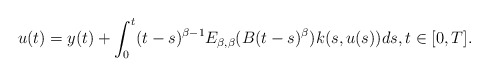
\begin{align*}u(t)= y(t)+\int_0^t (t-s)^{\beta-1}E_{\beta,\beta}(B(t-s)^\beta)k(s,u(s))ds,t\in [0,T].\end{align*}